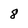
Character: 8